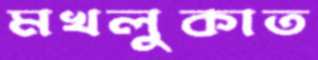
মখলুকাত